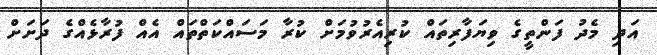
އަދި މެދު ފަންތީގެ ވިޔަފާރިތައް ކުރިއެރުވުމަށް ކުރާ މަސައްކަތްތައް އެއް ފުރާޅެއްގެ ދަށަށް